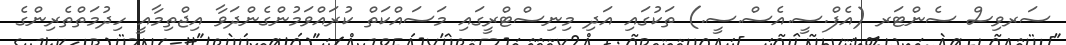
ސަރވިސް ސެންޓަރ (އެފް.ސީ.އެސް.ސީ.) ތަކުގައި އަދި މިނިސްޓްރީގައި މަސައްކަތް ކުރައްވަމުންގެންދަވާ އިޖްތިމާއީ ހިދުމަތްތެރިންގެ